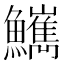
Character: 𩽌